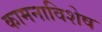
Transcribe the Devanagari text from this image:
कामनाविशेष